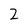
Character: 2